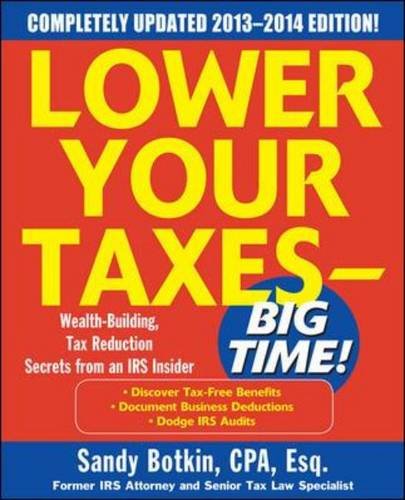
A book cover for Lower Your Taxes Big Time 2013-2014 5/E; Sandy Botkin; Business & Money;